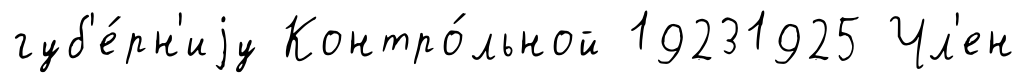
губ'е́рн'иjу Контро́льной 19231925 Чл'ен